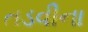
તડવીના